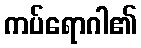
ကပ်ရောဂါ၏